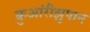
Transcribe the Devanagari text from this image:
कुआंरीझुपान